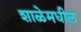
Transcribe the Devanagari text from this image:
शाळेमधील